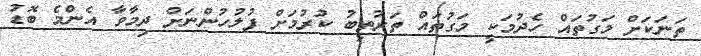
ތަނަކަށް މަގުތައް ހެދުމަކީ މަގުތައް ތަރުތީބު ކުރުމަށް ފުލުހުންނަށް ދިމާވާ އެންމެ ބޮޑު